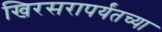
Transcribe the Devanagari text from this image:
खिरसरापर्यंतच्या